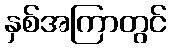
နှစ်အကြာတွင်